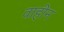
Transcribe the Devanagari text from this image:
वाहीन